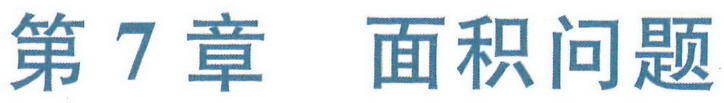
第7章  面积问题